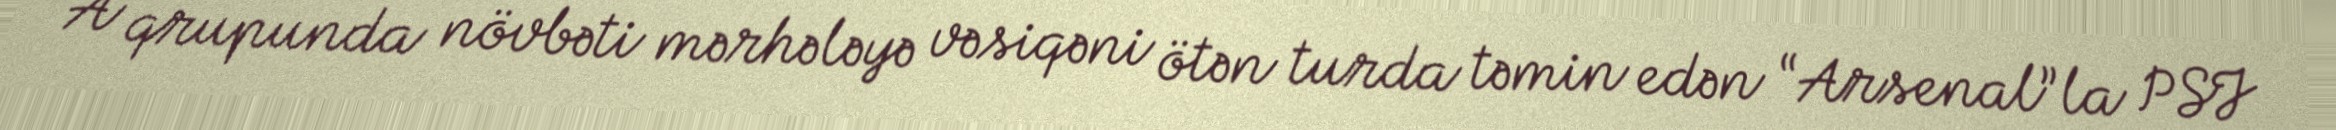
A qrupunda növbəti mərhələyə vəsiqəni ötən turda təmin edən “Arsenal”la PSJ